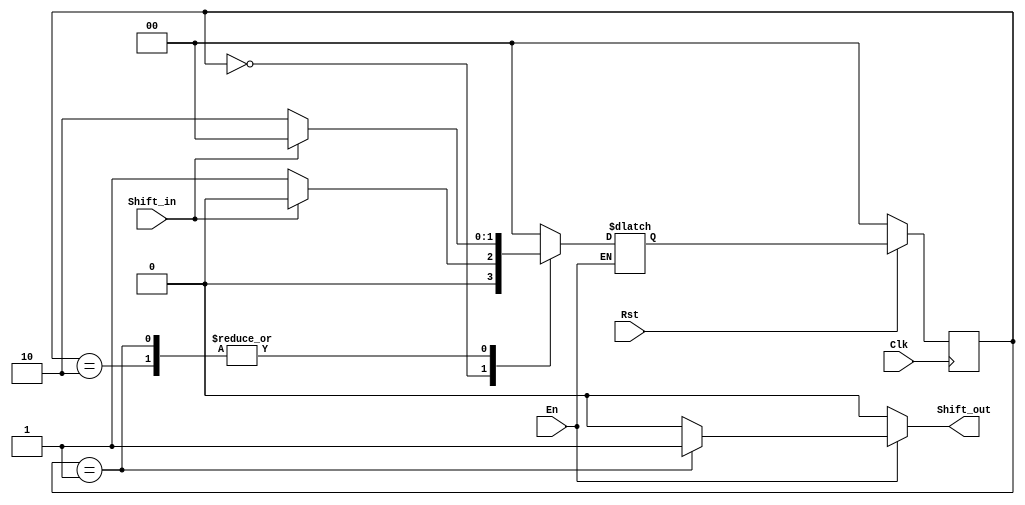
// ECE 6370
`timescale 1ns/10ps
module MyButtonShaper_Shift(En, Shift_in, Shift_out, Clk, Rst);
input Shift_in, En;
output Shift_out;
reg Shift_out;
input Clk, Rst;

parameter S_Off=0, S_On1=1, S_On2=2;

reg [1:0] State, StateNext;

//Comb Logic
always @(State, Shift_in, En)
begin
if(En == 1)
begin
case (State)
S_Off: begin
		Shift_out <= 0;
		if(Shift_in == 0)
		begin
		StateNext <= S_On1;
		end
		else
		begin
		StateNext <= S_Off;
		end
	   end
S_On1: begin
		Shift_out <= 1;
		if(Shift_in == 0)
		begin
		StateNext <= S_On2;
		end
		else
		begin
		StateNext <= S_Off;
		end
	   end
S_On2: begin
		Shift_out <= 0;
		if(Shift_in == 0)
		begin
		StateNext <= S_On2;
		end
		else
		begin
		StateNext <= S_Off;
		end
	   end
default: begin
		Shift_out <= 0;
		StateNext <= S_Off;
		end
endcase
end
else
begin
Shift_out <= 0;
end
end

// Statereg
always @(posedge Clk)
begin
if(Rst == 0)
begin
State <= S_Off;
end
else
begin
State <= StateNext;
end
end

endmodule